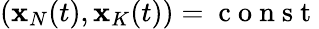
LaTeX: ({\mathbf x}_{N}(t),{\mathbf x}_{K}(t))=\mathrm{~c~o~n~s~t~}